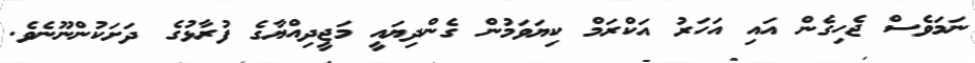
ނަމަވެސް ޖެހިގެން އައި އަހަރު އަކްރަމް ކިޔަވަމުން ގެންދިޔައީ މަޖީދިއްޔާގެ ފުރާޅުގެ ދަށަކުންނޫނެވެ.